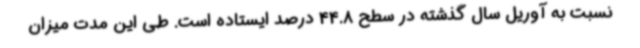
نسبت به آوریل سال گذشته در سطح 44.8 درصد ایستاده است. طی این مدت میزان